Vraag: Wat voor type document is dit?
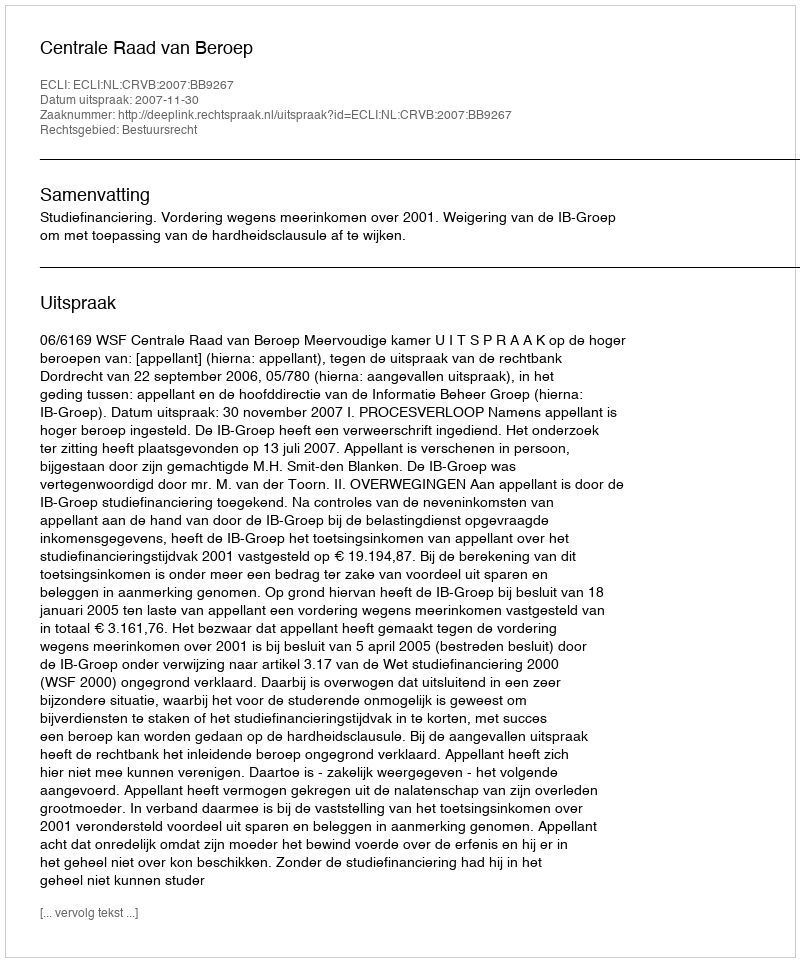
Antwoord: Uitspraak